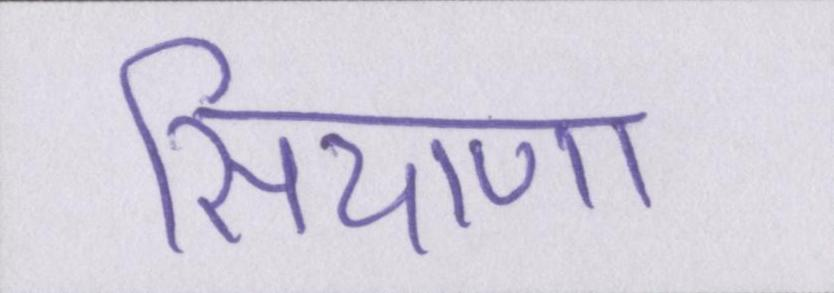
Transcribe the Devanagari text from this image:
सियाणा